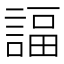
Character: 諨